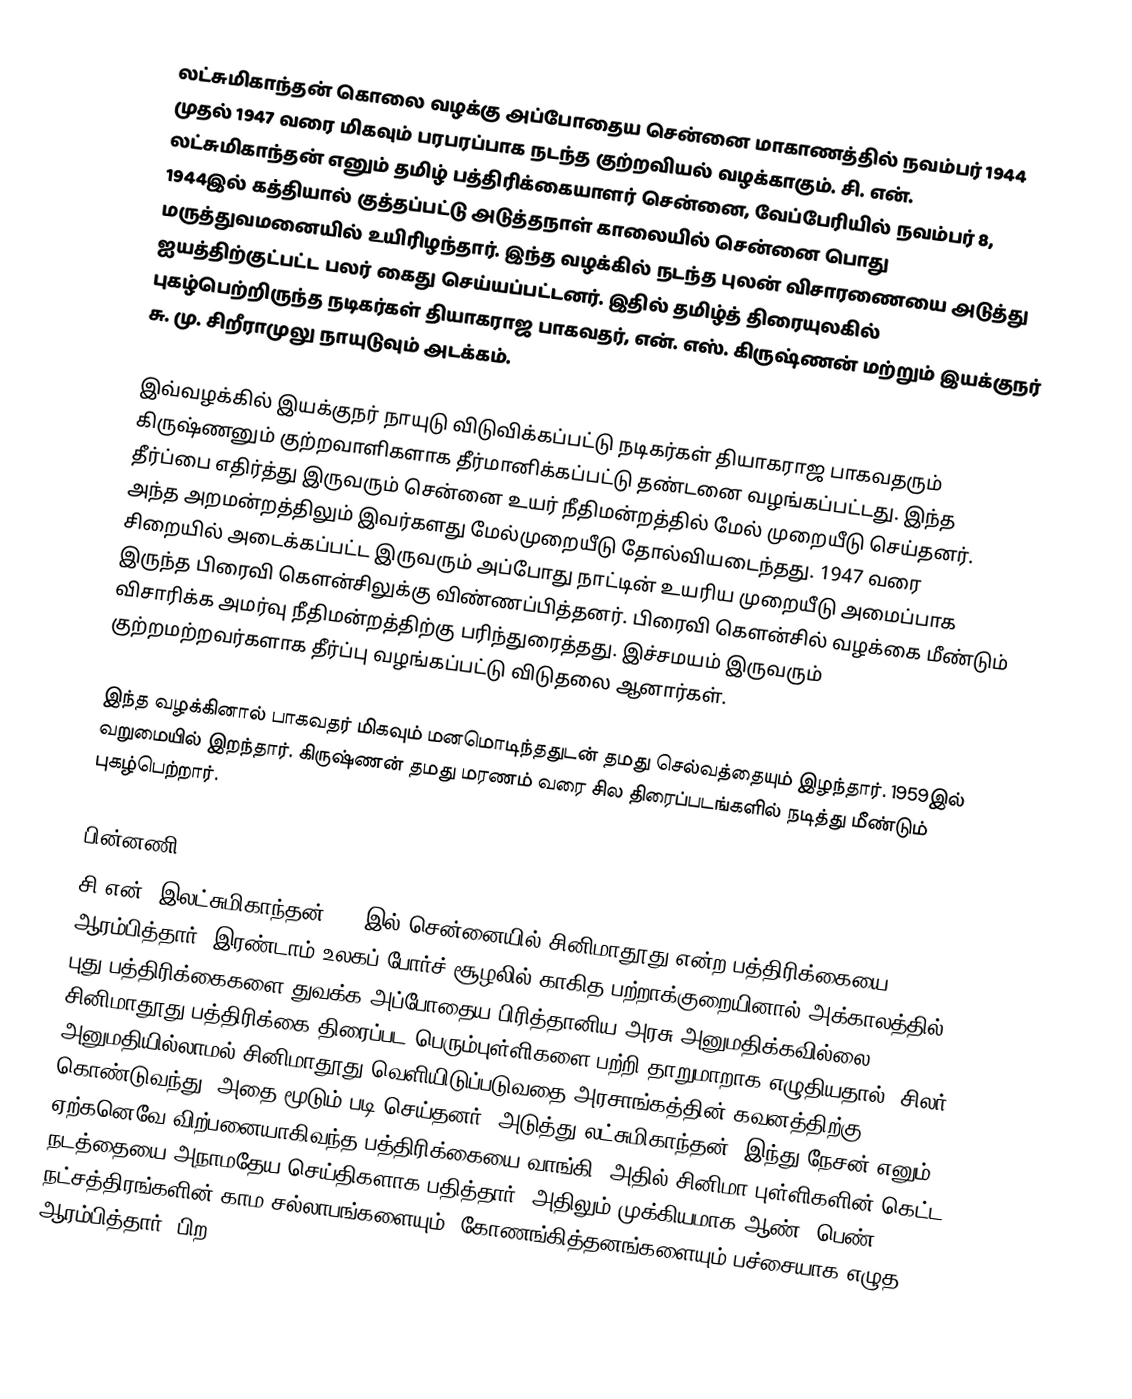
லட்சுமிகாந்தன் கொலை வழக்கு  அப்போதைய சென்னை மாகாணத்தில் நவம்பர் 1944 முதல் 1947 வரை மிகவும் பரபரப்பாக  நடந்த குற்றவியல் வழக்காகும். சி. என். லட்சுமிகாந்தன் எனும் தமிழ் பத்திரிக்கையாளர் சென்னை, வேப்பேரியில் நவம்பர் 8, 1944இல் கத்தியால் குத்தப்பட்டு அடுத்தநாள் காலையில் சென்னை பொது மருத்துவமனையில் உயிரிழந்தார். இந்த வழக்கில் நடந்த புலன் விசாரணையை அடுத்து ஐயத்திற்குட்பட்ட பலர் கைது செய்யப்பட்டனர். இதில் தமிழ்த் திரையுலகில் புகழ்பெற்றிருந்த நடிகர்கள் தியாகராஜ பாகவதர், என். எஸ். கிருஷ்ணன் மற்றும் இயக்குநர் சு. மு. சிறீராமுலு நாயுடுவும் அடக்கம்.

இவ்வழக்கில் இயக்குநர் நாயுடு விடுவிக்கப்பட்டு நடிகர்கள் தியாகராஜ பாகவதரும் கிருஷ்ணனும் குற்றவாளிகளாக தீர்மானிக்கப்பட்டு தண்டனை வழங்கப்பட்டது. இந்த தீர்ப்பை எதிர்த்து இருவரும் சென்னை உயர் நீதிமன்றத்தில் மேல் முறையீடு செய்தனர். அந்த அறமன்றத்திலும் இவர்களது மேல்முறையீடு  தோல்வியடைந்தது. 1947 வரை சிறையில் அடைக்கப்பட்ட இருவரும் அப்போது நாட்டின் உயரிய முறையீடு அமைப்பாக இருந்த பிரைவி கௌன்சிலுக்கு விண்ணப்பித்தனர். பிரைவி கௌன்சில் வழக்கை மீண்டும் விசாரிக்க அமர்வு நீதிமன்றத்திற்கு பரிந்துரைத்தது. இச்சமயம் இருவரும் குற்றமற்றவர்களாக தீர்ப்பு வழங்கப்பட்டு விடுதலை ஆனார்கள்.

இந்த வழக்கினால் பாகவதர் மிகவும் மனமொடிந்ததுடன் தமது செல்வத்தையும் இழந்தார். 1959இல் வறுமையில் இறந்தார். கிருஷ்ணன் தமது மரணம் வரை சில திரைப்படங்களில் நடித்து மீண்டும் புகழ்பெற்றார்.

பின்னணி
சி.என். இலட்சுமிகாந்தன் 1940இல் சென்னையில் சினிமாதூது என்ற பத்திரிக்கையை ஆரம்பித்தார்.  இரண்டாம் உலகப் போர்ச் சூழலில் காகித பற்றாக்குறையினால் அக்காலத்தில்  புது பத்திரிக்கைகளை துவக்க அப்போதைய பிரித்தானிய அரசு  அனுமதிக்கவில்லை. சினிமாதூது பத்திரிக்கை திரைப்பட பெரும்புள்ளிகளை பற்றி தாறுமாறாக எழுதியதால், சிலர்  அனுமதியில்லாமல் சினிமாதூது வெளியிடுப்படுவதை அரசாங்கத்தின் கவனத்திற்கு கொண்டுவந்து, அதை மூடும் படி செய்தனர். அடுத்து லட்சுமிகாந்தன், இந்து நேசன் எனும் ஏற்கனெவே விற்பனையாகிவந்த பத்திரிக்கையை வாங்கி, அதில் சினிமா புள்ளிகளின் கெட்ட நடத்தையை அநாமதேய செய்திகளாக பதித்தார். அதிலும் முக்கியமாக ஆண், பெண் நட்சத்திரங்களின் காம சல்லாபங்களையும், கோணங்கித்தனங்களையும் பச்சையாக எழுத ஆரம்பித்தார். பிற